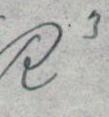
R3